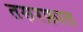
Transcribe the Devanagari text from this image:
तसरफ़ात